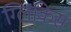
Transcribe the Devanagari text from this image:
ग्लिकिस